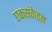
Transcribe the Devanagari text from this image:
एकसंकेतन